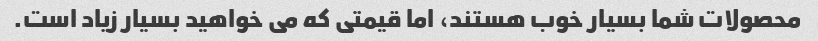
محصولات شما بسیار خوب هستند، اما قیمتی که می خواهید بسیار زیاد است.